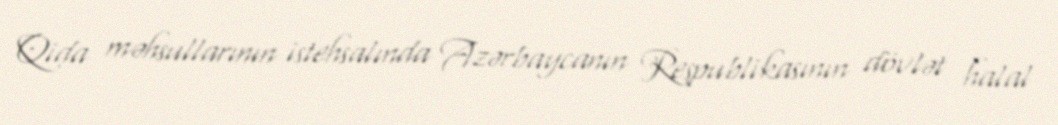
Qida məhsullarının istehsalında Azərbaycanın Respublikasının dövlət halal